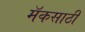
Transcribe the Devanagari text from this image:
मॅकसाठी